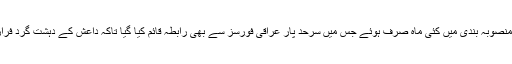
ان حملوں کی منصوبہ بندی میں کئی ماہ صرف ہوئے جس میں سرحد پار عراقی فورسز سے بھی رابطہ قائم کیا گیا تاکہ داعش کے دہشت گرد فرار نہ ہو سکیں۔